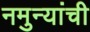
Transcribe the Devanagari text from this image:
नमुन्यांची